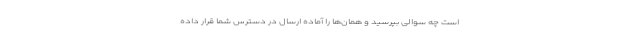
است چه سوالی بپرسید و همان‌ها را آماده ارسال در دسترس شما قرار داده